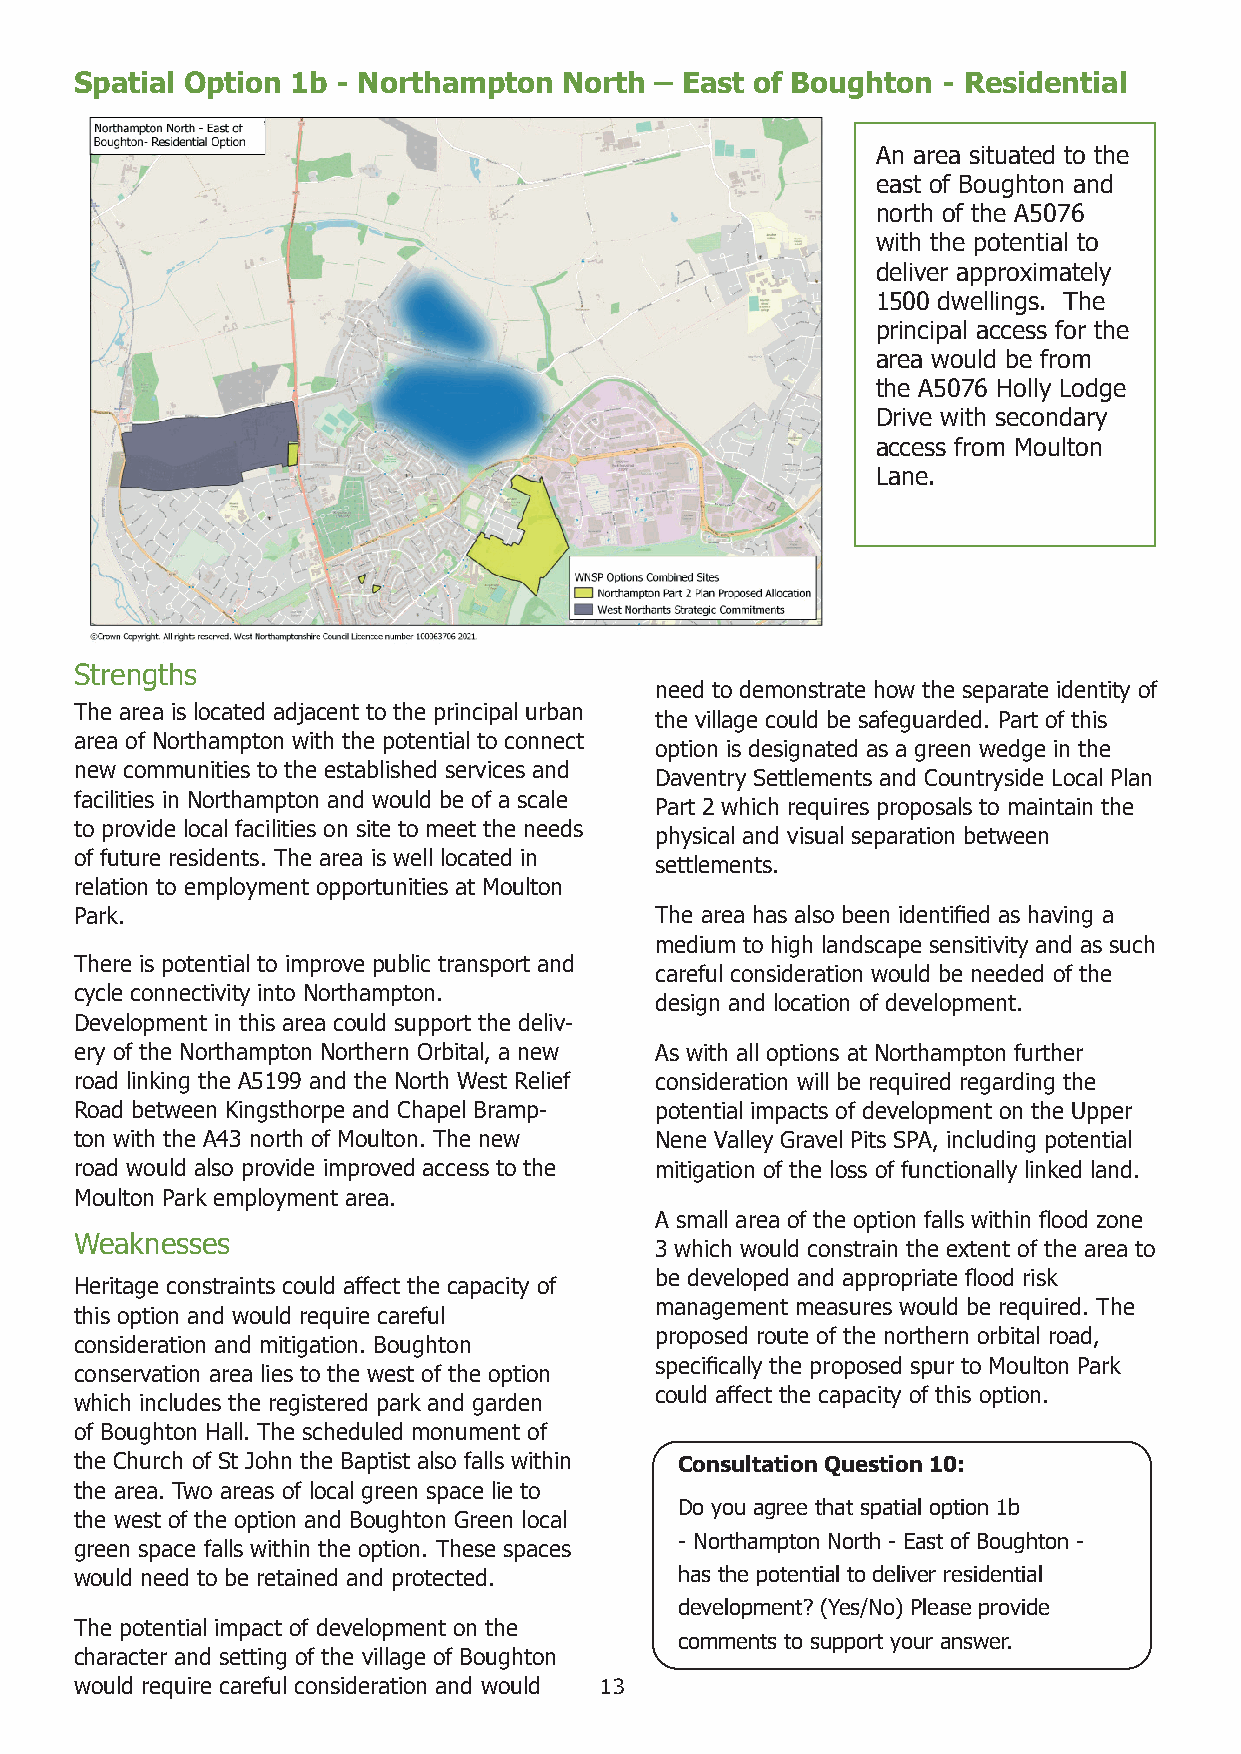
Spatial Option 1b - Northampton North – East of Boughton - Residential
 An area situated to the
 east of Boughton and
 north of the A5076
 with the potential to
 deliver approximately
 1500 dwellings. The
 principal access for the
 area would be from
 the A5076 Holly Lodge
 Drive with secondary
 access from Moulton
 Lane.
 Strengths
 need to demonstrate how the separate identity of
 The area is located adjacent to the principal urban
 the village could be safeguarded. Part of this
 area of Northampton with the potential to connect
 option is designated as a green wedge in the
 new communities to the established services and
 Daventry Settlements and Countryside Local Plan
 facilities in Northampton and would be of a scale
 Part 2 which requires proposals to maintain the
 to provide local facilities on site to meet the needs
 physical and visual separation between
 of future residents. The area is well located in
 settlements.
 relation to employment opportunities at Moulton
 Park.                                 The area has also been identified as having a
 medium to high landscape sensitivity and as such
 There is potential to improve public transport and
 careful consideration would be needed of the
 cycle connectivity into Northampton.
 design and location of development.
 Development in this area could support the deliv-
 ery of the Northampton Northern Orbital, a new As with all options at Northampton further
 road linking the A5199 and the North West Relief consideration will be required regarding the
 Road between Kingsthorpe and Chapel Bramp- potential impacts of development on the Upper
 ton with the A43 north of Moulton. The new Nene Valley Gravel Pits SPA, including potential
 road would also provide improved access to the mitigation of the loss of functionally linked land.
 Moulton Park employment area.
 A small area of the option falls within flood zone
 Weaknesses
 3 which would constrain the extent of the area to
 be developed and appropriate flood risk
 Heritage constraints could affect the capacity of
 management measures would be required. The
 this option and would require careful
 proposed route of the northern orbital road,
 consideration and mitigation. Boughton
 specifically the proposed spur to Moulton Park
 conservation area lies to the west of the option
 could affect the capacity of this option.
 which includes the registered park and garden
 of Boughton Hall. The scheduled monument of
 the Church of St John the Baptist also falls within Consultation Question 10:
 the area. Two areas of local green space lie to
 Do you agree that spatial option 1b
 the west of the option and Boughton Green local
 - Northampton North - East of Boughton -
 green space falls within the option. These spaces
 would need to be retained and protected. has the potential to deliver residential
 development? (Yes/No) Please provide
 The potential impact of development on the
 comments to support your answer.
 character and setting of the village of Boughton
 would require careful consideration and would 13